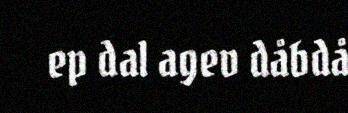
ep dal agev dåbdå